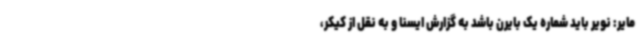
مایر: نویر باید شماره یک بایرن باشد به گزارش ایسنا و به نقل از کیکر،